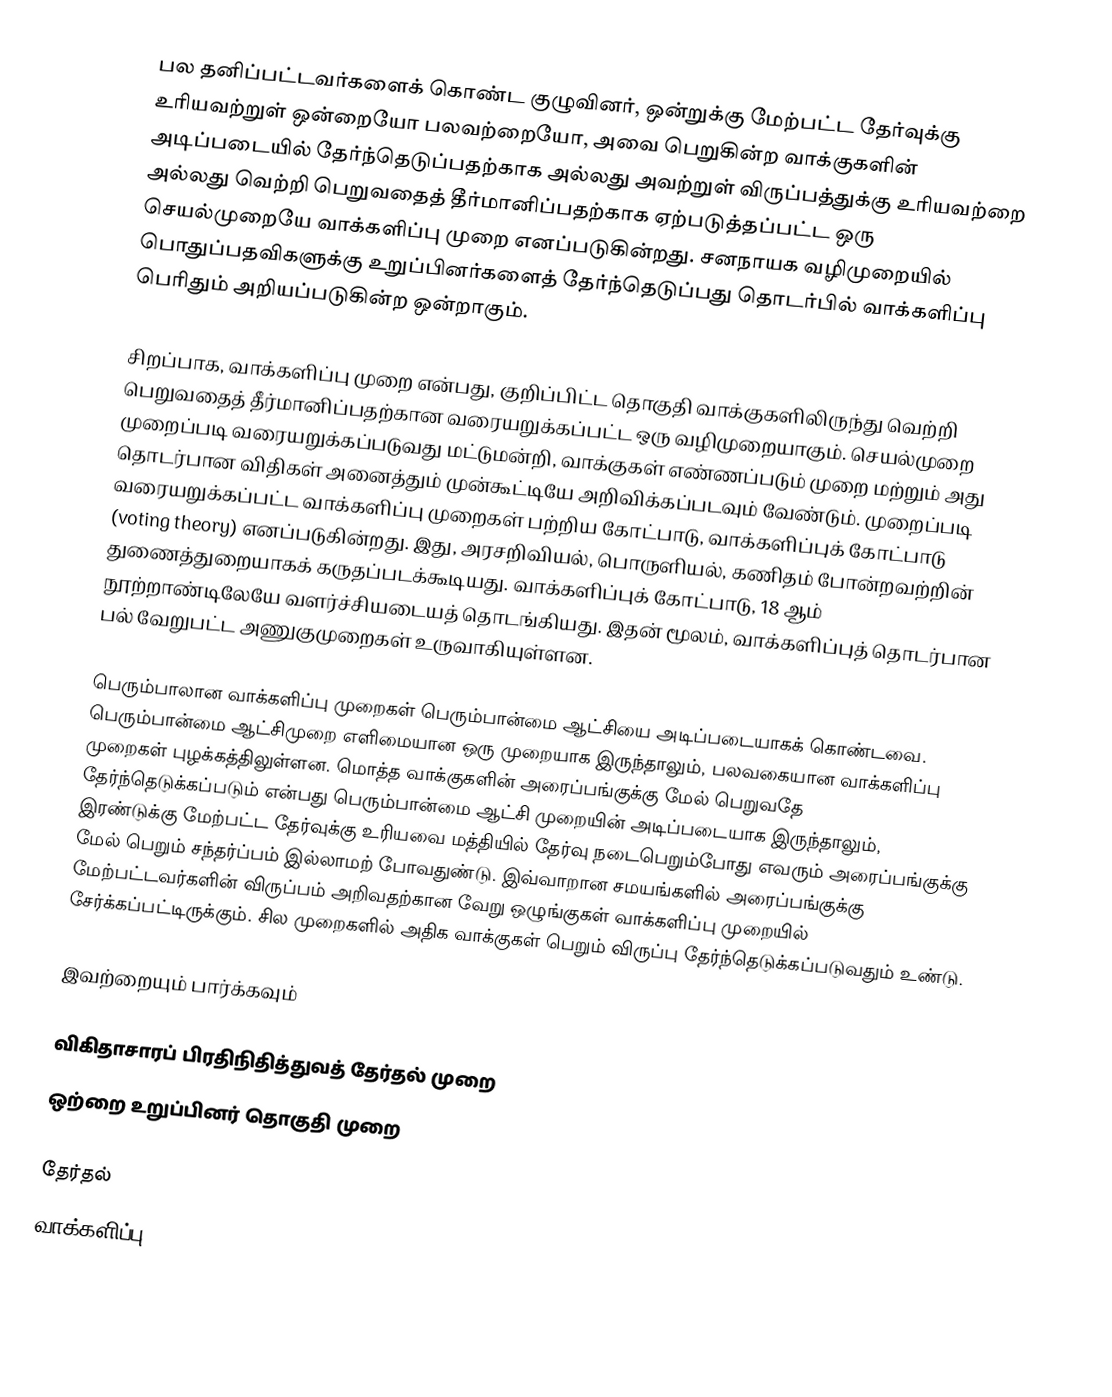
பல தனிப்பட்டவர்களைக் கொண்ட குழுவினர், ஒன்றுக்கு மேற்பட்ட தேர்வுக்கு உரியவற்றுள் ஒன்றையோ பலவற்றையோ, அவை பெறுகின்ற வாக்குகளின் அடிப்படையில் தேர்ந்தெடுப்பதற்காக அல்லது அவற்றுள் விருப்பத்துக்கு உரியவற்றை அல்லது வெற்றி பெறுவதைத் தீர்மானிப்பதற்காக ஏற்படுத்தப்பட்ட ஒரு செயல்முறையே வாக்களிப்பு முறை எனப்படுகின்றது. சனநாயக வழிமுறையில் பொதுப்பதவிகளுக்கு உறுப்பினர்களைத் தேர்ந்தெடுப்பது தொடர்பில் வாக்களிப்பு பெரிதும் அறியப்படுகின்ற ஒன்றாகும்.

சிறப்பாக, வாக்களிப்பு முறை என்பது, குறிப்பிட்ட தொகுதி வாக்குகளிலிருந்து வெற்றி பெறுவதைத் தீர்மானிப்பதற்கான வரையறுக்கப்பட்ட ஒரு வழிமுறையாகும். செயல்முறை முறைப்படி வரையறுக்கப்படுவது மட்டுமன்றி, வாக்குகள் எண்ணப்படும் முறை மற்றும் அது தொடர்பான விதிகள் அனைத்தும் முன்கூட்டியே அறிவிக்கப்படவும் வேண்டும். முறைப்படி வரையறுக்கப்பட்ட வாக்களிப்பு முறைகள் பற்றிய கோட்பாடு, வாக்களிப்புக் கோட்பாடு (voting theory) எனப்படுகின்றது. இது, அரசறிவியல், பொருளியல், கணிதம் போன்றவற்றின் துணைத்துறையாகக் கருதப்படக்கூடியது. வாக்களிப்புக் கோட்பாடு, 18 ஆம் நூற்றாண்டிலேயே வளர்ச்சியடையத் தொடங்கியது. இதன் மூலம், வாக்களிப்புத் தொடர்பான பல் வேறுபட்ட அணுகுமுறைகள் உருவாகியுள்ளன.

பெரும்பாலான வாக்களிப்பு முறைகள் பெரும்பான்மை ஆட்சியை அடிப்படையாகக் கொண்டவை. பெரும்பான்மை ஆட்சிமுறை எளிமையான ஒரு முறையாக இருந்தாலும், பலவகையான வாக்களிப்பு முறைகள் புழக்கத்திலுள்ளன. மொத்த வாக்குகளின் அரைப்பங்குக்கு மேல் பெறுவதே தேர்ந்தெடுக்கப்படும் என்பது பெரும்பான்மை ஆட்சி முறையின் அடிப்படையாக இருந்தாலும், இரண்டுக்கு மேற்பட்ட தேர்வுக்கு உரியவை மத்தியில் தேர்வு நடைபெறும்போது எவரும் அரைப்பங்குக்கு மேல் பெறும் சந்தர்ப்பம் இல்லாமற் போவதுண்டு. இவ்வாறான சமயங்களில் அரைப்பங்குக்கு மேற்பட்டவர்களின் விருப்பம் அறிவதற்கான வேறு ஒழுங்குகள் வாக்களிப்பு முறையில் சேர்க்கப்பட்டிருக்கும். சில முறைகளில் அதிக வாக்குகள் பெறும் விருப்பு தேர்ந்தெடுக்கப்படுவதும் உண்டு.

இவற்றையும் பார்க்கவும்

 விகிதாசாரப் பிரதிநிதித்துவத் தேர்தல் முறை
 ஒற்றை உறுப்பினர் தொகுதி முறை

தேர்தல்
வாக்களிப்பு